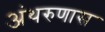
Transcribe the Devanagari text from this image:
अंथरुणास